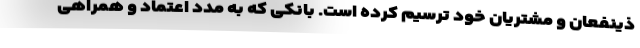
ذینفعان و مشتریان خود ترسیم کرده است. بانکی که به مدد اعتماد و همراهی